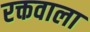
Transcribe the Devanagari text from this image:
रक्तवाला